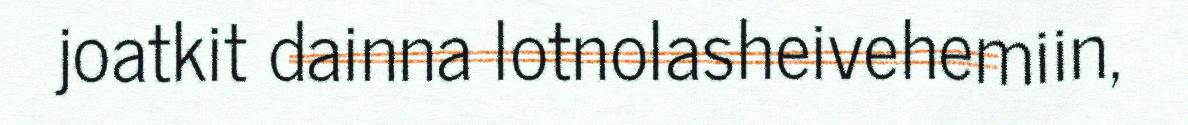
joatkit dainna lotnolasheivehemiin,